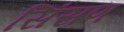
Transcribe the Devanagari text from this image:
सिंसण